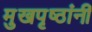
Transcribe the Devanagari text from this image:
मुखपृष्ठांनी